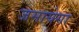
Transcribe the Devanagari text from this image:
जमायेगा